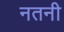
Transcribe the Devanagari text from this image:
नतनी